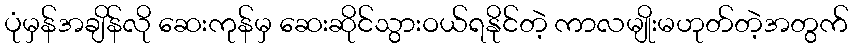
ပုံမှန်အချိန်လို ဆေးကုန်မှ ဆေးဆိုင်သွားဝယ်ရနိုင်တဲ့ ကာလမျိုးမဟုတ်တဲ့အတွက်